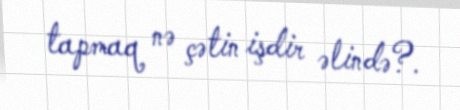
tapmaq nə çətin işdir əlində?.